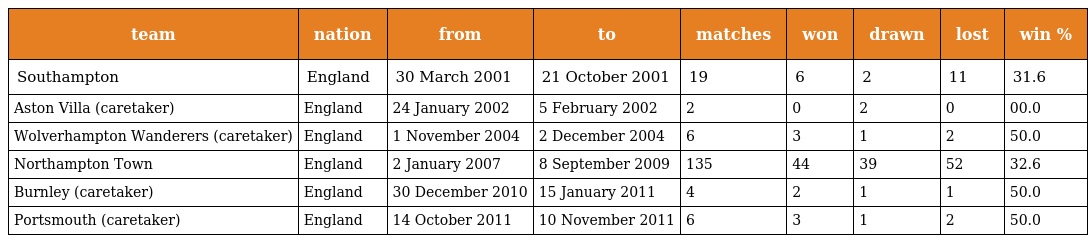
| team | nation | from | to | matches | won | drawn | lost | win % |
 | --- | --- | --- | --- | --- | --- | --- | --- | --- |
 | Southampton | England | 30 March 2001 | 21 October 2001 | 19 | 6 | 2 | 11 | 31.6 |
 | Aston Villa (caretaker) | England | 24 January 2002 | 5 February 2002 | 2 | 0 | 2 | 0 | 00.0 |
 | Wolverhampton Wanderers (caretaker) | England | 1 November 2004 | 2 December 2004 | 6 | 3 | 1 | 2 | 50.0 |
 | Northampton Town | England | 2 January 2007 | 8 September 2009 | 135 | 44 | 39 | 52 | 32.6 |
 | Burnley (caretaker) | England | 30 December 2010 | 15 January 2011 | 4 | 2 | 1 | 1 | 50.0 |
 | Portsmouth (caretaker) | England | 14 October 2011 | 10 November 2011 | 6 | 3 | 1 | 2 | 50.0 |